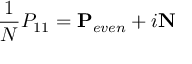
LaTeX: \frac { 1 } { N } P _ { 1 1 } = \mathbf { P } _ { e v e n } + i \mathbf { N }